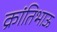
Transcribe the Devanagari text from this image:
क्रांतिभाऊ